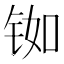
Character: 铷